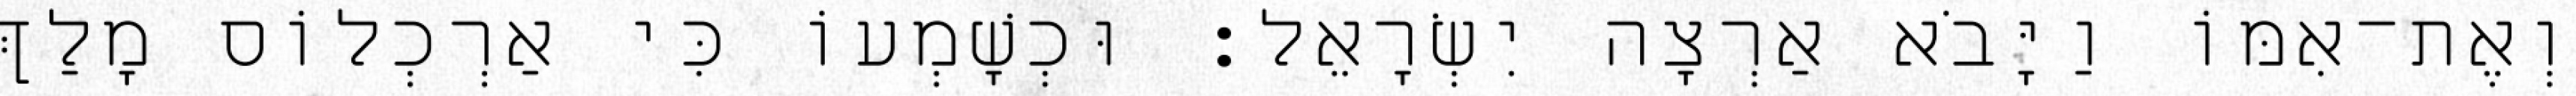
וְאֶת־אִמּוֹ וַיָּבֹא אַרְצָה יִשְׂרָאֵל׃ וּכְשָׁמְעוֹ כִּי אַרְכְלוֹס מָלַךְ